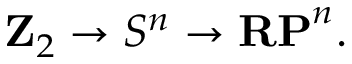
\mathbf { Z } _ { 2 } \to S ^ { n } \to \mathbf { R P } ^ { n } .